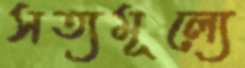
সত্যমূল্যে